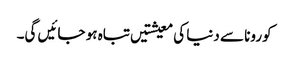
کورونا سے دنیا کی معیشتیں تباہ ہو جائیں گی۔